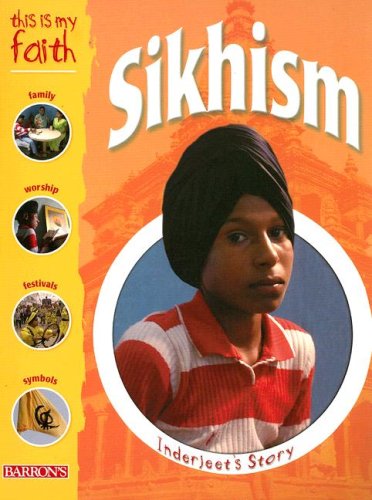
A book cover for This Is My Faith: Sikhism (This Is My Faith Books); Holly Wallace; Children's Books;